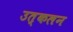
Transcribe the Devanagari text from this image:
उत्‍कलन